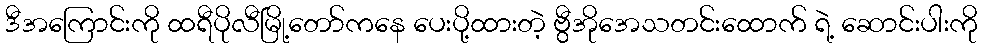
ဒီအကြောင်းကို ထရီပိုလီမြို့တော်ကနေ ပေးပို့ထားတဲ့ ဗွီအိုအေသတင်းထောက် ရဲ့ ဆောင်းပါးကို